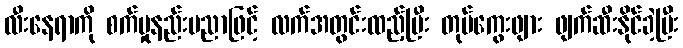
လီးနေရာကို စက်မှုနည်းပညာဖြင့် လက်အတွင်းထည့်ပြီး တုပ်ကွေးဖျား ဖျက်ဆီးနိုင်ခဲ့ပြီး